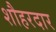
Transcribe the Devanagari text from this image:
शौहरदार